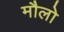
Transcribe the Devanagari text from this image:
मौलो